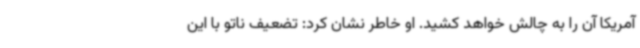
آمریکا آن را به چالش خواهد کشید. او خاطر نشان کرد: تضعیف ناتو با این